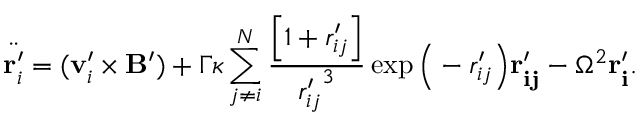
\ddot { \mathbf { r } _ { i } ^ { \prime } } = ( \mathbf { v } _ { i } ^ { \prime } \times \mathbf { B ^ { \prime } } ) + \Gamma \kappa \sum _ { j \neq i } ^ { N } \frac { \Big [ 1 + { r _ { i j } ^ { \prime } } \Big ] } { { r _ { i j } ^ { \prime } } ^ { 3 } } \exp \Big ( - { r _ { i j } ^ { \prime } } \Big ) { \mathbf { r _ { i j } ^ { \prime } } } - \Omega ^ { 2 } { \mathbf { r _ { i } ^ { \prime } } } .